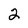
Character: 2